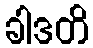
ခါဒတိ